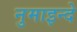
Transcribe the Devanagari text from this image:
नुमाइन्दे